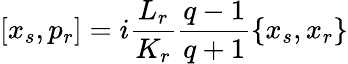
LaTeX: [x_{s},p_{r}]=i\frac{L_{r}}{K_{r}}\frac{q-1}{q+1}\{ x_{s},x_{r}\}